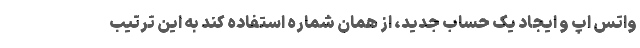
واتس اپ و ایجاد یک حساب جدید، از همان شماره استفاده کند به این ترتیب